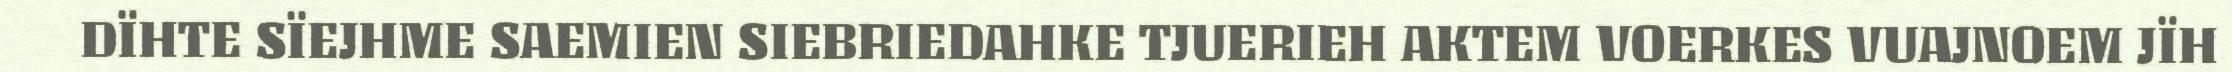
DÏHTE SÏEJHME SAEMIEN SIEBRIEDAHKE TJUERIEH AKTEM VOERKES VUAJNOEM JÏH